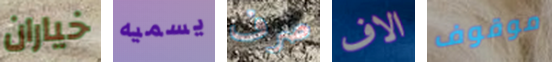
خياران يسميه صرف الاف موقوف